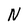
Character: N